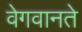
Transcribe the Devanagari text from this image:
वेगवानते